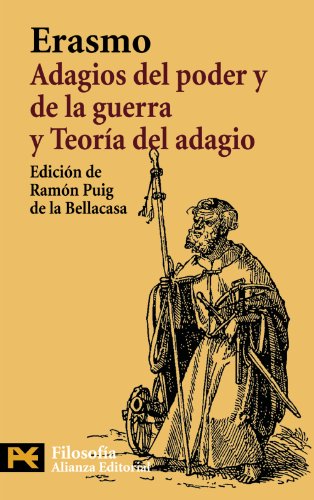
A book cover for Adagios del poder y de la guerra. Teoria del adagio (Spanish Edition); Erasmo Erasmo de Rotterdam; Politics & Social Sciences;